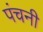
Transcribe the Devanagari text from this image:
पंचनी